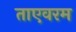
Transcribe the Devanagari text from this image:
ताएवरम